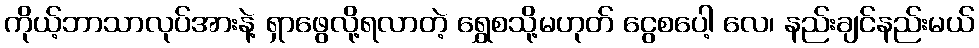
ကိုယ့်ဘာသာလုပ်အားနဲ့ ရှာဖွေလို့ရလာတဲ့ ရွှေစသို့မဟုတ် ငွေစပေါ့ လေ၊ နည်းချင်နည်းမယ်